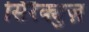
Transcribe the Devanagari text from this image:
सिरैक्युज़